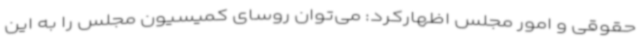
حقوقی و امور مجلس اظهارکرد: می‌توان روسای کمیسیون مجلس را به این